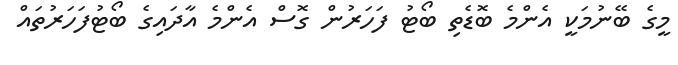
މީގެ ބޭނުމަކީ އެންމެ ބޮޑެތި ބޯޓު ފަހަރުން ގޮސް އެންމެ އާދައިގެ ބޯޓުފަހަރުތައް